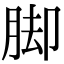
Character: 脚